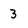
Character: 3